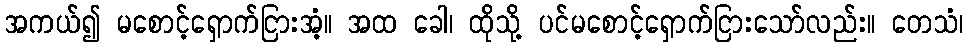
အကယ်၍ မစောင့်ရှောက်ငြားအံ့။ အထ ခေါ၊ ထိုသို့ ပင်မစောင့်ရှောက်ငြားသော်လည်း။ တေသံ၊